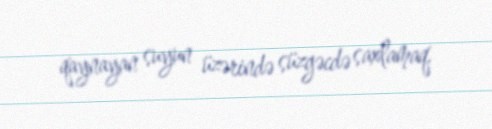
qaynayan suyun üzərində süzgəcdə saxlamaq.